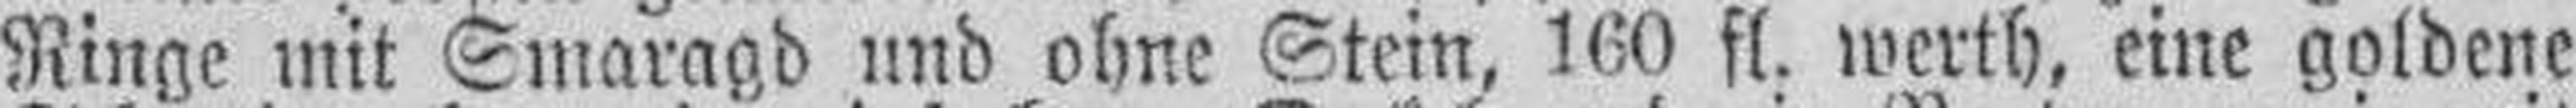
Ringe mit Smaragd und ohne Stein, 160 fl. werth, eine goldene